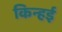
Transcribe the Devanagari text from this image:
किन्हई